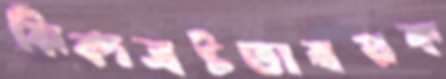
ঝিঁকাভ্রষ্টতাস্বপ্নক